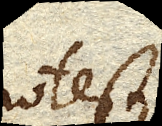
potest